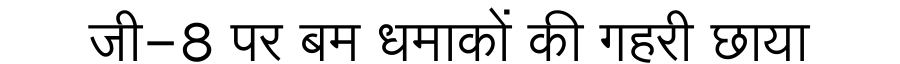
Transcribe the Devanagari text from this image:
जी-8 पर बम धमाकों की गहरी छाया